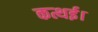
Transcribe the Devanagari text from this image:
कत्थई।